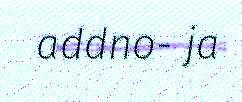
addno- ja